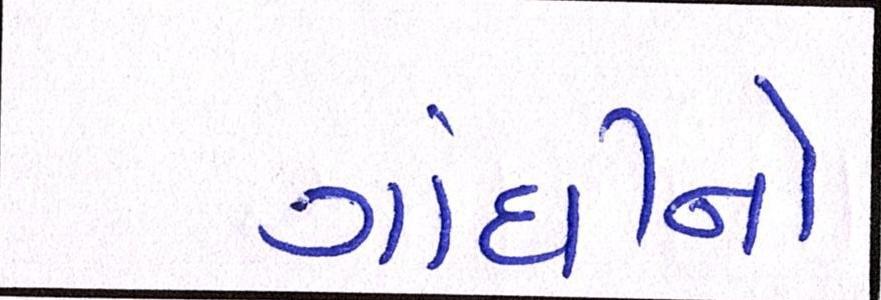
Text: ગાંધીનો